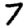
Digit: 7